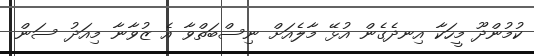
ކުމުންދޫ މީހަކާ އިނދެގެން އުޅޭ މާލެއަށް ނިސްބަތްވާ އެ ޒުވާނާ މިއަދު ސަން